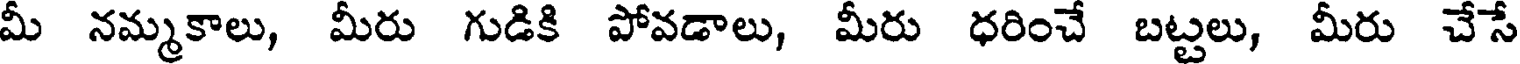
మీ నమ్మకాలు, మీరు గుడికి పోవడాలు, మీరు ధరించే బట్టలు, మీరు చేసే